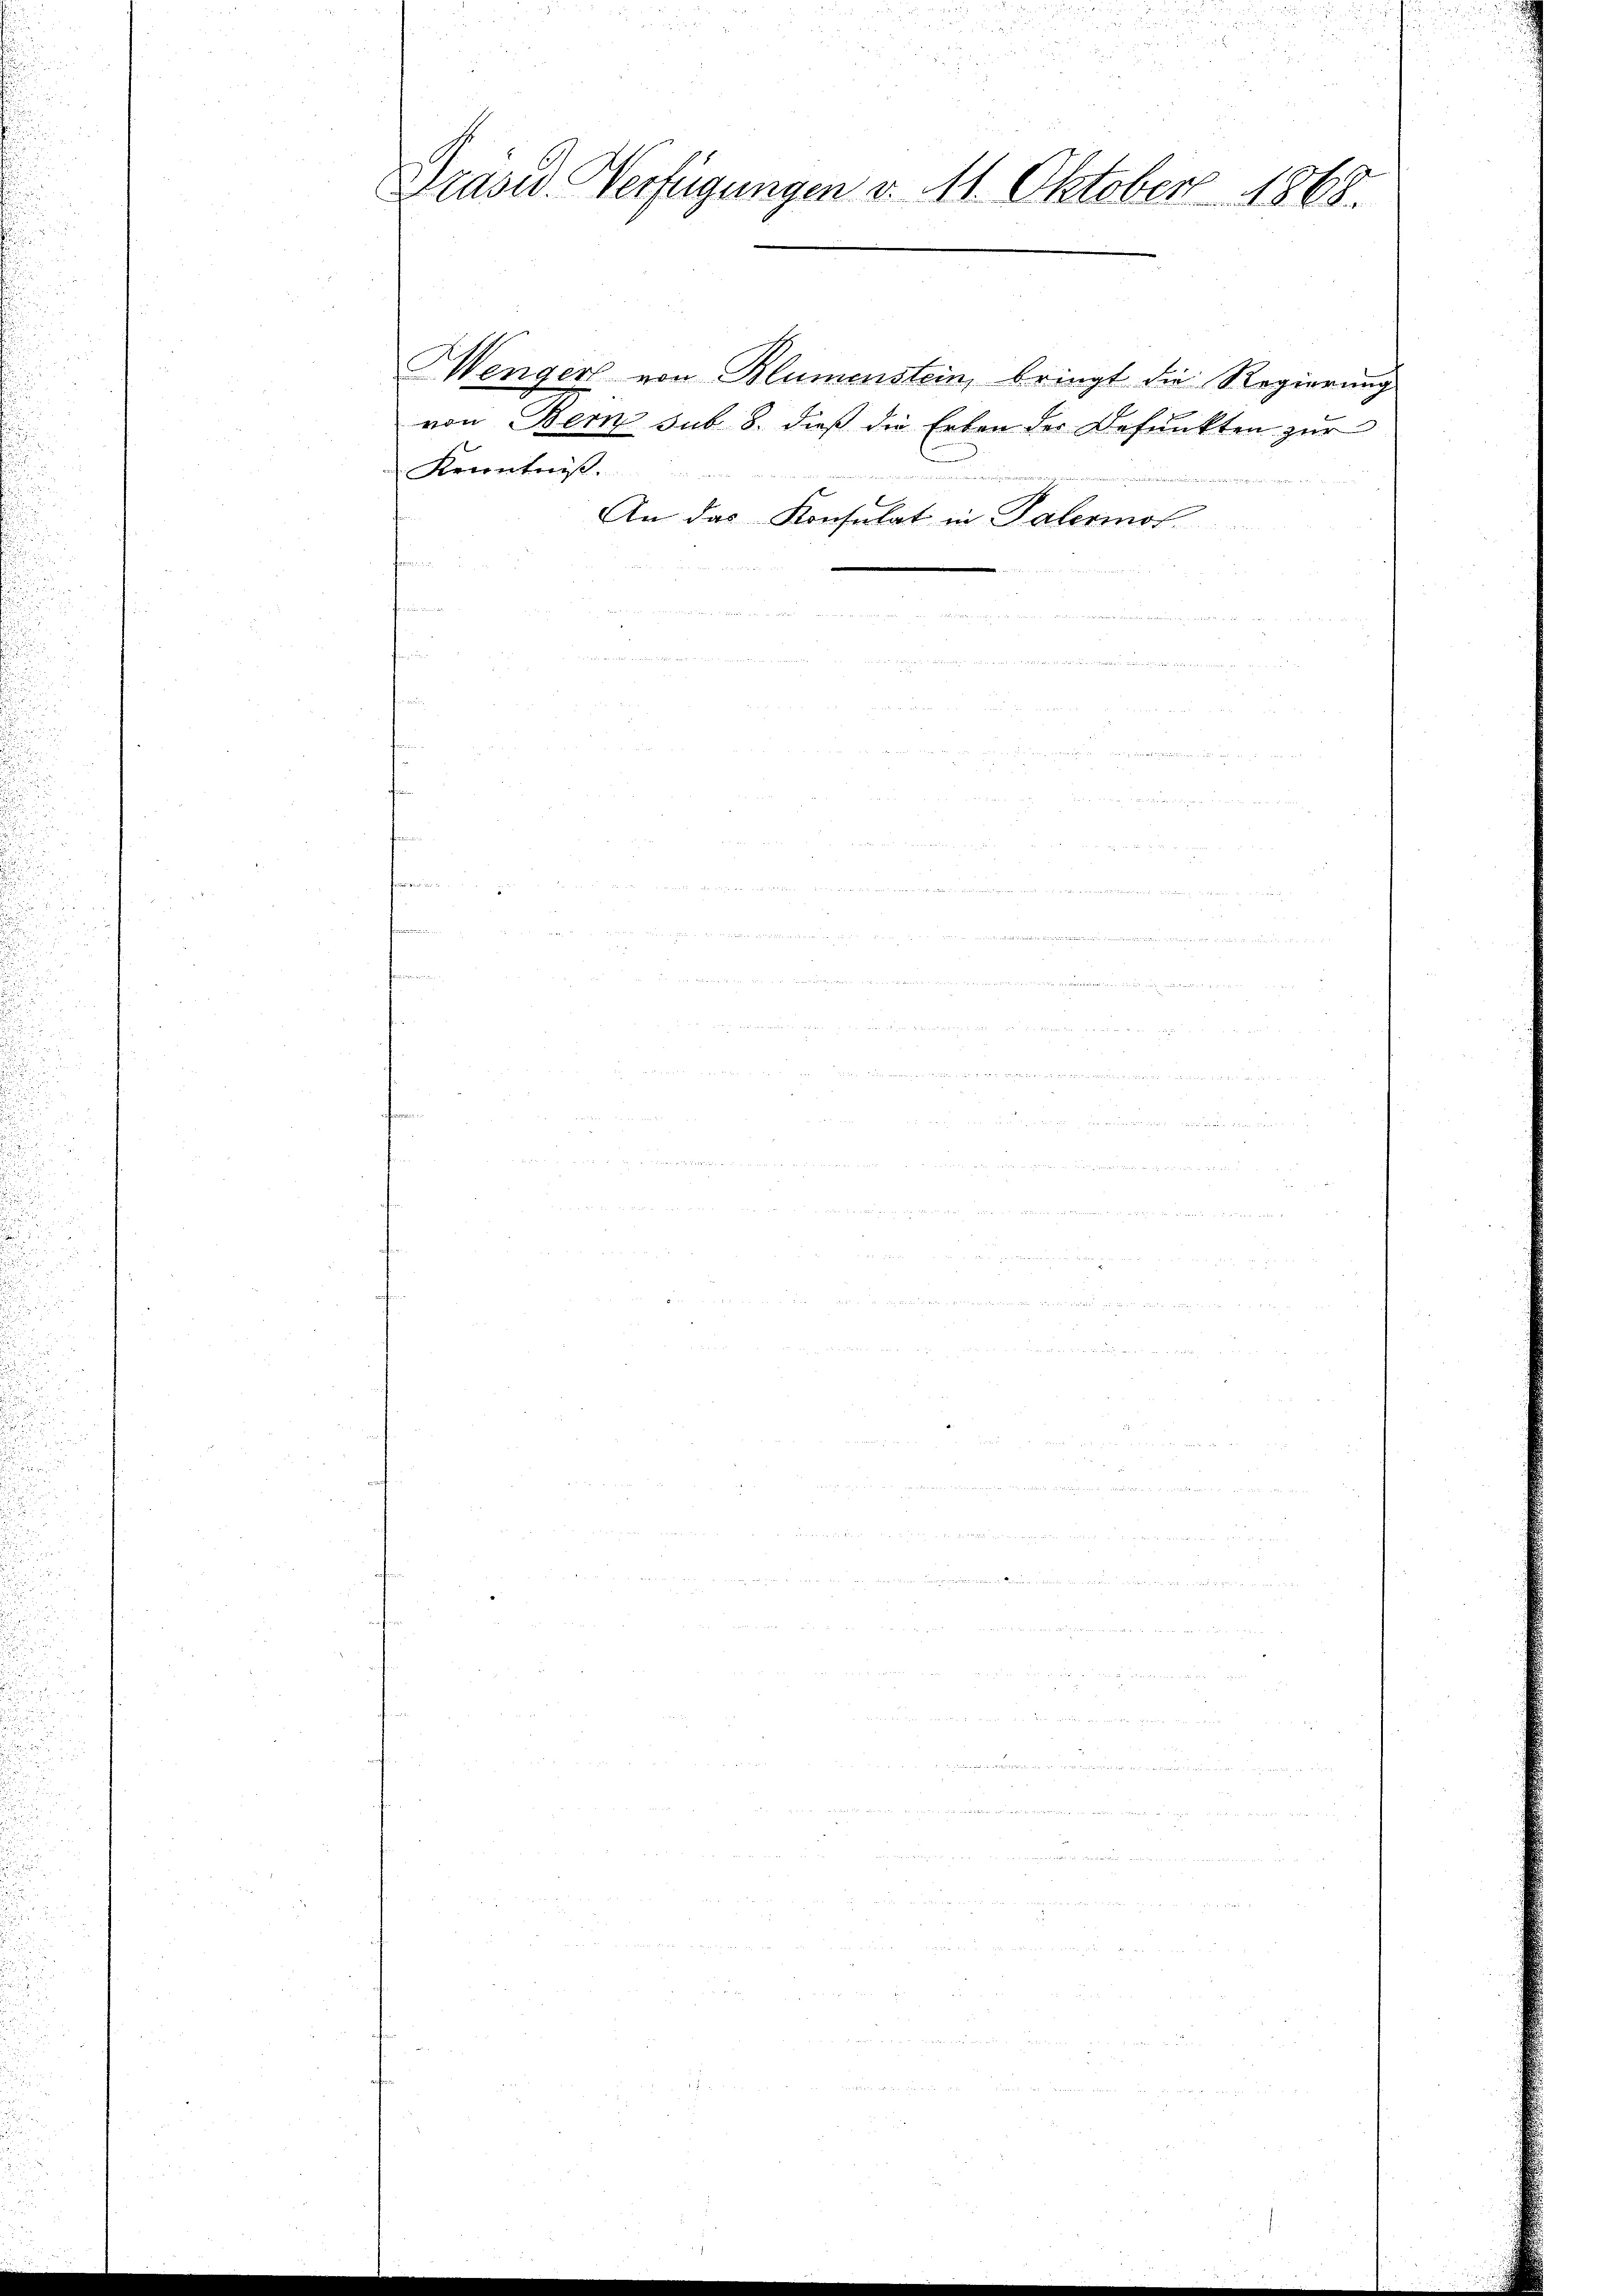
Präses Verfügungen v. 11. Oktober 1868.

Mender von Blumenstein, bringt die Regierung
von Bern sub 8. dieß die Erben der Befunkten zur
Kenntniß
An das Konsulat in Palermol

au
u
mun

un
u
50 f 2 x

u

d der Peter 18
den